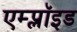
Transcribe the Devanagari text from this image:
एम्प्लॉइड